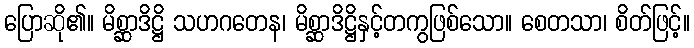
ပြောဆို၏။ မိစ္ဆာဒိဋ္ဌိ သဟဂတေန၊ မိစ္ဆာဒိဋ္ဌိနှင့်တကွဖြစ်သော။ စေတသာ၊ စိတ်ဖြင့်။